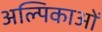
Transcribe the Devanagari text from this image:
अल्पिकाओं